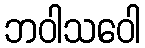
ဘဝါသဝေါ